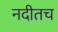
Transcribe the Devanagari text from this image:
नदीतच